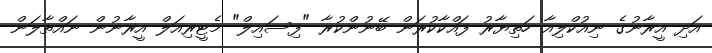
އަދި އީރާނުގެ ނިއުކްލިއާ ހަތިޔާރު ފައްކާކުރަން ބޭނުންކުރާ "ފިސައިލް" މެޓީރިއަލް އީރާނުން ނައްތާލަން